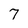
Character: 7